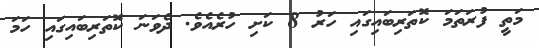
މަތީ ފުރަތަމަ ކޮތަރިބައިގައި ހަރު 8 ކަށި ހުރެއެވެ. ދެވަނަ ކޮތަރިބައިގައި ހަމަ